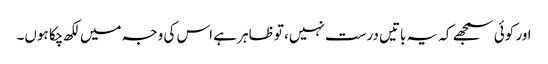
اور کوئی سمجھے کہ یہ باتیں درست نہیں، تو ظاہر ہے اس کی وجہ میں لکھ چکا ہوں۔